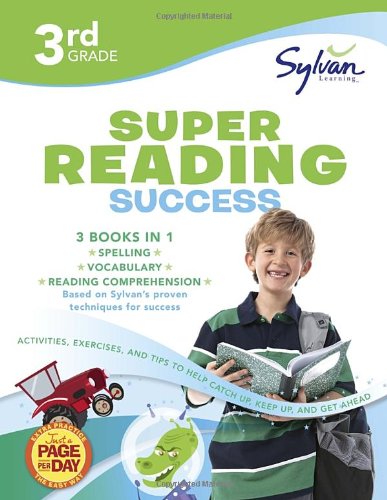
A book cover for Third Grade Super Reading Success (Sylvan Super Workbooks) (Language Arts Super Workbooks); Sylvan Learning; Test Preparation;